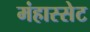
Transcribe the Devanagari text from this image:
मंहास्सेट